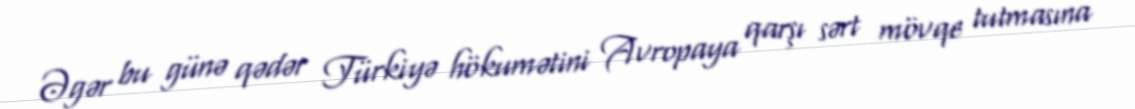
Əgər bu günə qədər Türkiyə hökumətini Avropaya qarşı sərt mövqe tutmasına